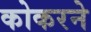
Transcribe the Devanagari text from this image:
कोकरने